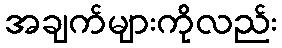
အချက်များကိုလည်း